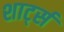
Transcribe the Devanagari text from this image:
शार्ट्स